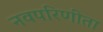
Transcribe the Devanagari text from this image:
नवपरिणीता